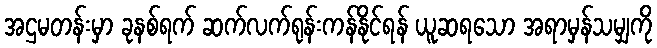
အဌမတန်းမှာ ခုနစ်ရက် ဆက်လက်ရုန်းကန်နိုင်ရန် ယူဆရသော အရာမှန်သမျှကို